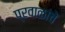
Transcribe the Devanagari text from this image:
प्रवाळांचे